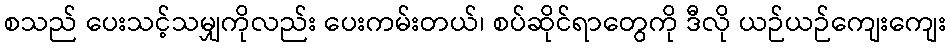
စသည် ပေးသင့်သမျှကိုလည်း ပေးကမ်းတယ်၊ စပ်ဆိုင်ရာတွေကို ဒီလို ယဉ်ယဉ်ကျေးကျေး